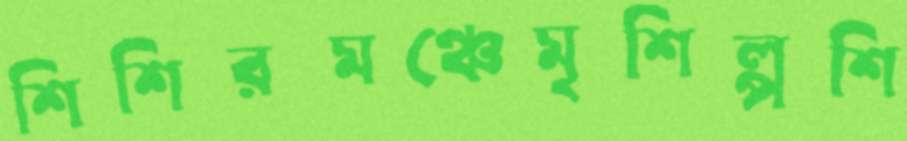
শিশিরমঞ্চেমৃশিল্পশি